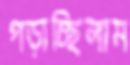
পড়াচ্ছিলাম